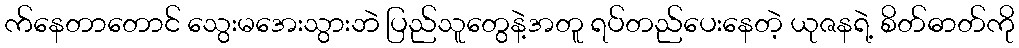
က်နေတာတောင် သွေးမအေးသွားဘဲ ပြည်သူတွေနဲ့အတူ ရပ်တည်ပေးနေတဲ့ ယုဇနရဲ့ စိတ်ဓာတ်ကို